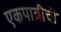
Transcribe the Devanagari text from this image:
एकपात्रीची